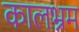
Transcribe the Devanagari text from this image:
कालभ्रम